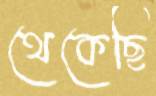
থেকেছি